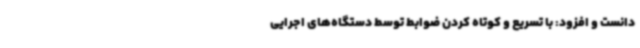
دانست و افزود: با تسریع و کوتاه کردن ضوابط توسط دستگاه‌های اجرایی